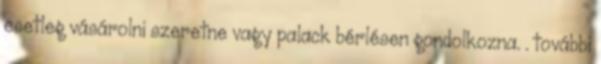
esetleg vásárolni szeretne vagy palack bérlésen gondolkozna. . további